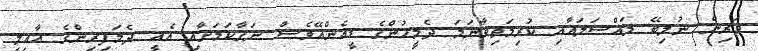
ދަރިން ނުލިބޭ މައްސަލައާއި ކުރިމަތިވާނަމަ ދެމީހުންގެ ޑީއެންއޭވެސް ނަގާކަމަށާއި އެއީ ދެމަފިރިންގެ އާއިލީ